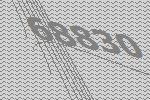
68830